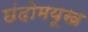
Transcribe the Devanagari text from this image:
छंदोमयूख